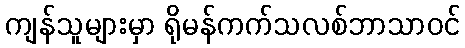
ကျန်သူများမှာ ရိုမန်ကက်သလစ်ဘာသာဝင်